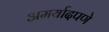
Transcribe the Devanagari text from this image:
अमर्यादपणे